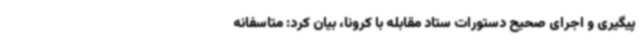
پیگیری و اجرای صحیح دستورات ستاد مقابله با کرونا، بیان کرد: متاسفانه